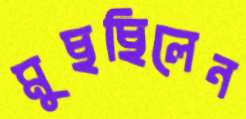
মুছছিলেন